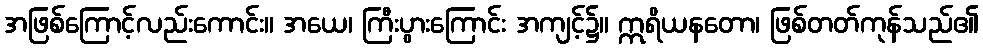
အဖြစ်ကြောင့်လည်းကောင်း။ အယေ၊ ကြီးပွားကြောင်း အကျင့်၌။ ဣရိယနတော၊ ဖြစ်တတ်ကုန်သည်၏